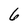
Character: 6